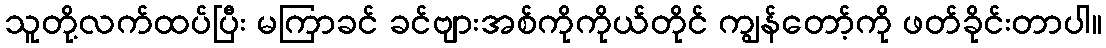
သူတို့လက်ထပ်ပြီး မကြာခင် ခင်ဗျားအစ်ကိုကိုယ်တိုင် ကျွန်တော့်ကို ဖတ်ခိုင်းတာပါ။